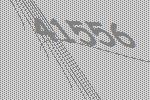
41556